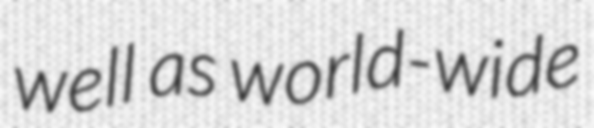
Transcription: well as world-wide